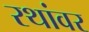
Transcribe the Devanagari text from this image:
रथांवर